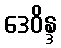
ဒေဝိန္ဒ